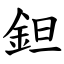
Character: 鉭